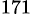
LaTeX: ^{171}